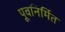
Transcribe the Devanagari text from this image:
पूवनिर्मित